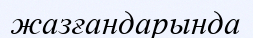
жазғандарында